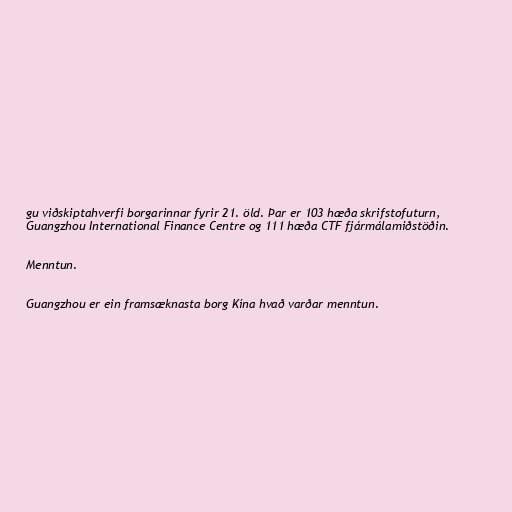
gu viðskiptahverfi borgarinnar fyrir 21. öld. Þar er 103 hæða skrifstofuturn,
Guangzhou International Finance Centre og 111 hæða CTF fjármálamiðstöðin.

Menntun.

Guangzhou er ein framsæknasta borg Kína hvað varðar menntun.